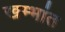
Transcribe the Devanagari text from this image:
खम्भांत